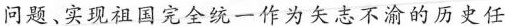
问题、实现祖国完全统一作为矢志不渝的历史任